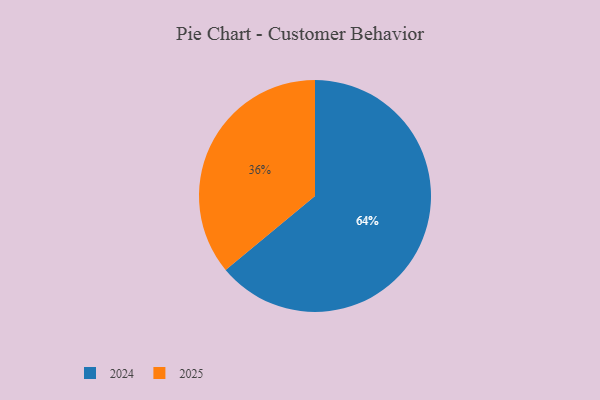
{"axis": {"x": "Category", "y": "Percentage"}, "legend": ["2024", "2025"], "data": [{"x": "2025", "y": 36, "type": "2025"}, {"x": "2024", "y": 64, "type": "2024"}]}